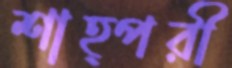
শাহ্পরী